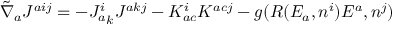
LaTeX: { \tilde { \nabla } } _ { a } J ^ { a i j } = - { J _ { a } ^ { i } } _ { k } { J ^ { a k j } } - K _ { a c } ^ { i } K ^ { a c j } - g ( R ( E _ { a } , n ^ { i } ) E ^ { a } , n ^ { j } )